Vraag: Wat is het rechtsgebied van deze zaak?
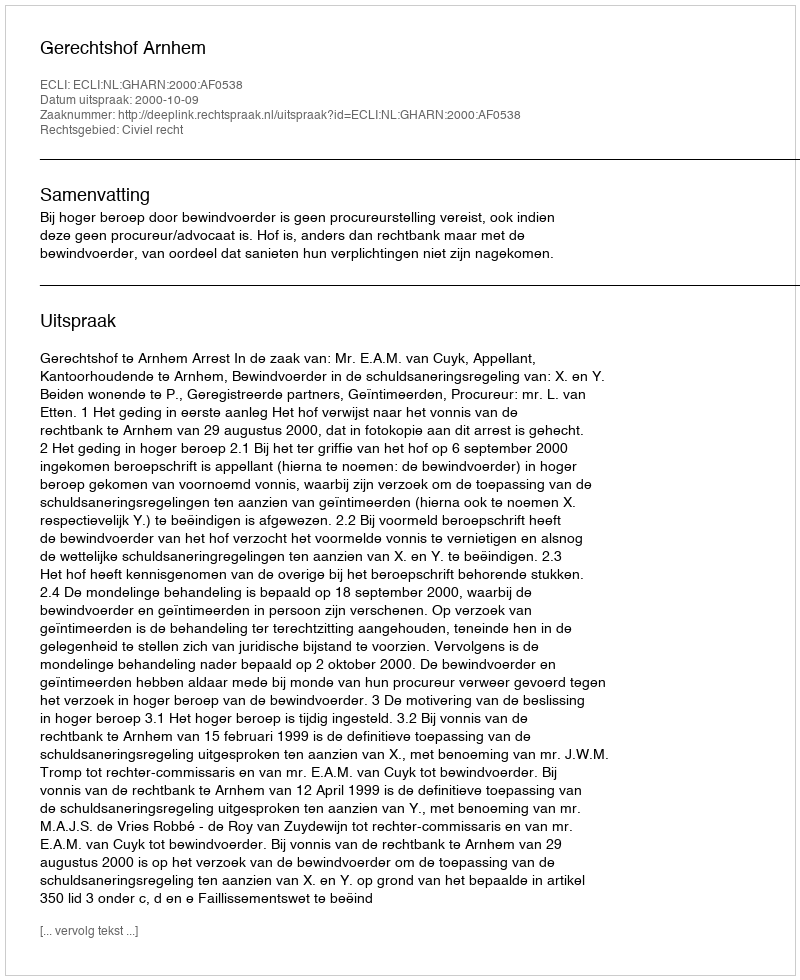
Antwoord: Civiel recht